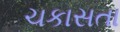
ચકાસતા